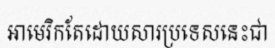
អាមេរិកតែដោយសារប្រទេសនេះជា